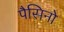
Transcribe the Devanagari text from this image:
पैसिनो